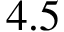
4 . 5